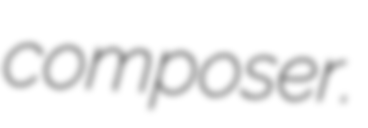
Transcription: composer.